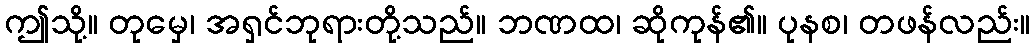
ဤသို့။ တုမှေ၊ အရှင်ဘုရားတို့သည်။ ဘဏထ၊ ဆိုကုန်၏။ ပုနစ၊ တဖန်လည်း။